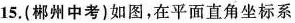
15.(郴州中考)如图，在平面直角坐标系